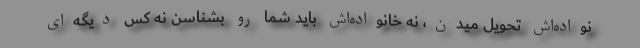
نواده‌اش تحویل میدن، نه خانواده‌اش باید شما رو بشناسن نه کس دیگه‌ای